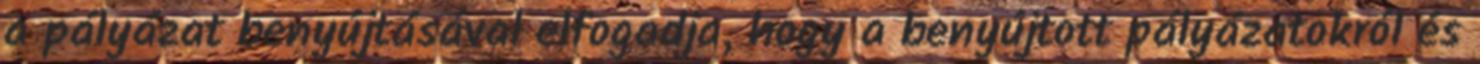
a pályázat benyújtásával elfogadja, hogy a benyújtott pályázatokról és